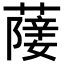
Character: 𦽵